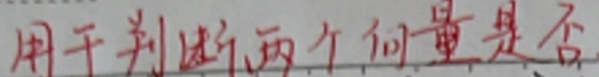
用于判断两个向量是否